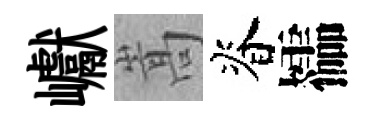
巘嵩脊櫺